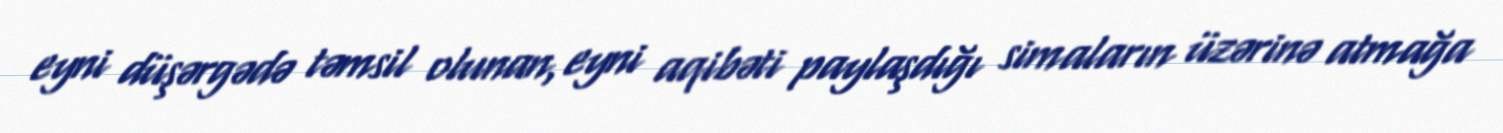
eyni düşərgədə təmsil olunan, eyni aqibəti paylaşdığı simaların üzərinə atmağa